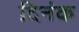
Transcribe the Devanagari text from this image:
दिनंक